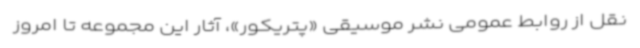
نقل از روابط عمومی نشر موسیقی «پتریکور»، آثار این مجموعه تا امروز